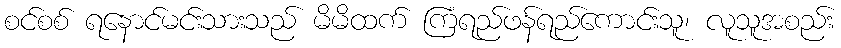
စင်စစ် ရနောင်မင်းသားသည် မိမိထက် ကြံရည်ဖန်ရည်ကောင်းသူ၊ လူသူအစည်း